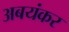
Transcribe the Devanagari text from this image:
अबयंकर